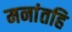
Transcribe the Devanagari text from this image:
मनांतहि